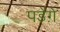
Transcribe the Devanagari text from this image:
पडेंग़े